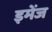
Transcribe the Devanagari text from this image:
इमेंज